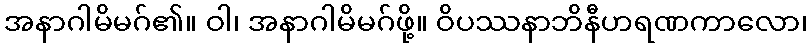
အနာဂါမိမဂ်၏။ ဝါ၊ အနာဂါမိမဂ်ဖို့။ ဝိပဿနာဘိနီဟရဏကာလော၊